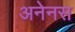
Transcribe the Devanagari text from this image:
अनेनस